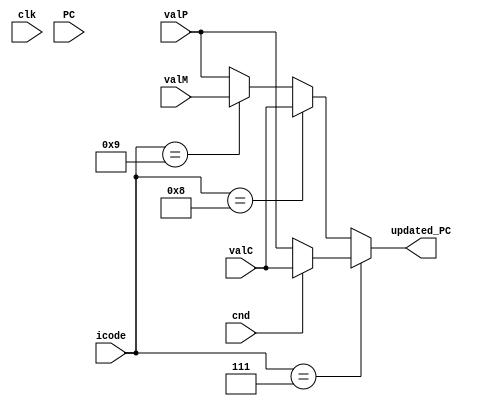
module pc_update(
	input clk,
	input cnd,
	input [63:0] PC,
	input [3:0] icode,
	input [63:0] valC,
	input [63:0] valP,
	input [63:0] valM,
	output reg [63:0] updated_PC
	);
	
	
	always@(*)
	begin
		//jXX
		if(icode==4'b0111)
		begin
			if(cnd==1'b1)
			begin
				updated_PC = valC;
			end
			else
			begin
				updated_PC = valP;
			end
		end
		//call
		else if(icode==4'b1000)
		begin
			updated_PC = valC;
		end
		//ret
		else if(icode==4'b1001)
		begin
			updated_PC = valM;
		end
		else
		// all others
		begin
			updated_PC = valP;
		end
		
	end
	
endmodule